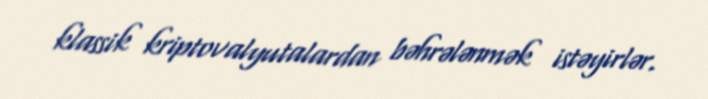
klassik kriptovalyutalardan bəhrələnmək istəyirlər.